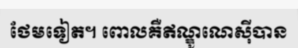
ថែមទៀត។ ពោលគឺឥណ្ឌូណេស៊ីបាន